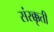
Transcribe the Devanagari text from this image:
संस्क्कृती